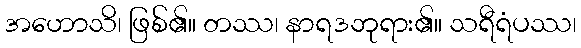
အဟောသိ၊ ဖြစ်၏။ တဿ၊ နာရဒဘုရား၏။ သရီရံပဿ၊